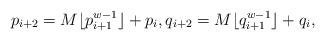
LaTeX: \begin{align*}p_{i+2}=M\lfloor p_{i+1}^{w-1}\rfloor+p_{i}, q_{i+2}=M\lfloor q_{i+1}^{w-1}\rfloor+q_{i},\end{align*}